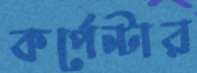
কর্পেন্টার